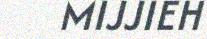
MIJJIEH